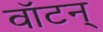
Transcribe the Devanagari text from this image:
वॉटन्